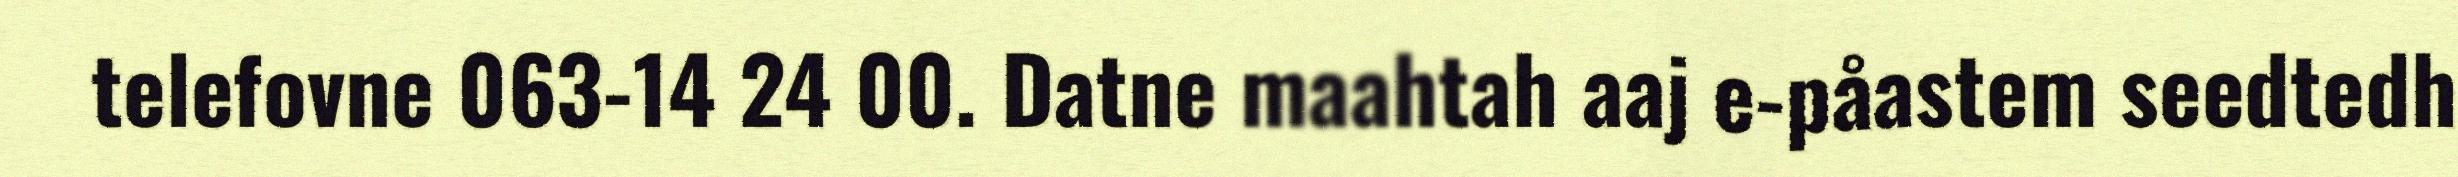
telefovne 063-14 24 00. Datne maahtah aaj e-påastem seedtedh